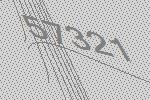
57321